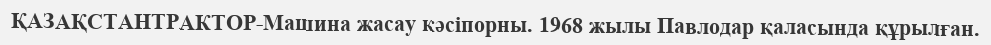
ҚАЗАҚСТАНТРАКТОР-Машина жасау кәсіпорны. 1968 жылы Павлодар қаласында құрылған.